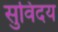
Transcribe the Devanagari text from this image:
सुविदय